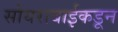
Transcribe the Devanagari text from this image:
सोयराबाईकडून